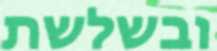
ובשלשת